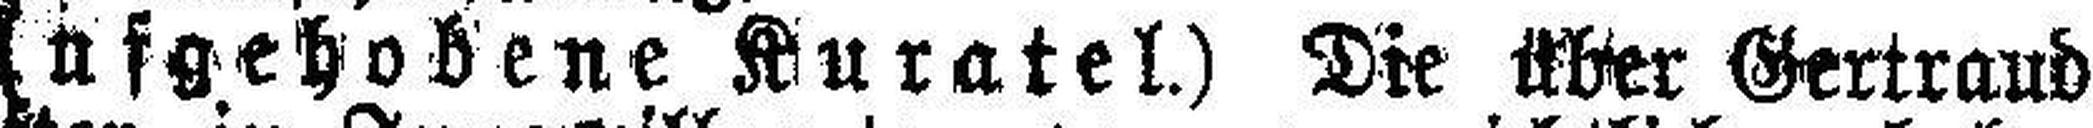
(Aufgehobene Kuratel.) Die über Gertraud